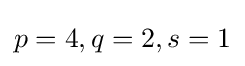
p=4,q=2,s=1